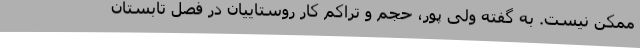
ممکن نیست. به گفته ولی پور، حجم و تراکم کار روستاییان در فصل تابستان